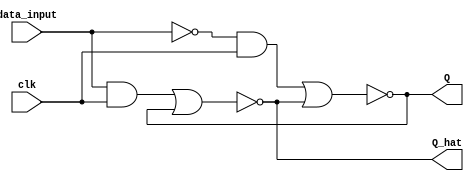
module D_filp_flop(
    input data_input,
    input clk,
    output Q,
    output Q_hat);

    wire reset;
    wire d_and_c;
    wire r_and_c;
    wire Q;
    wire Q_hat;

    always @(posedge clk) begin
        
    end

    assign reset = ~ data_input;
    assign d_and_c = data_input & clk;
    assign r_and_c = reset & clk;
    assign Q = ~(r_and_c | Q_hat);
    assign Q_hat = ~(d_and_c | Q);

endmodule